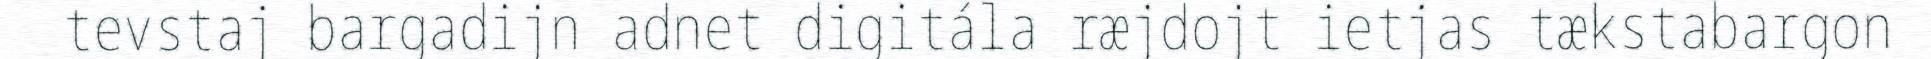
tevstaj bargadijn adnet digitála ræjdojt ietjas tækstabargon